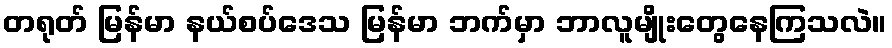
တရုတ် မြန်မာ နယ်စပ်ဒေသ မြန်မာ ဘက်မှာ ဘာလူမျိုးတွေနေကြသလဲ။